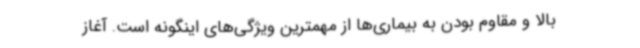
بالا و مقاوم بودن به بیماری‌ها از مهمترین ویژگی‌های اینگونه است. آغاز